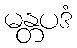
မန္တပဒံ